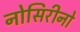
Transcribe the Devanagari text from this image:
नोसिरीनो